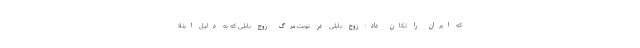
که ایران را تکان داد: زوج بابلی در نوبت مرگ زوج بابلی که به دلیل ابتلا